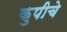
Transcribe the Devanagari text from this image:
कुपीचे